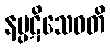
နပ္ပဋိသေဝတိ